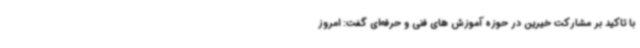
با تاکید بر مشارکت خیرین در حوزه آموزش های فنی و حرفه‌ای گفت: امروز